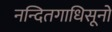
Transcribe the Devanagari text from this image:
नन्दितगाधिसूनो